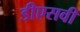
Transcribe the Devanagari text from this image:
डीएसवी